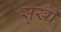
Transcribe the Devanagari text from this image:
सुखी